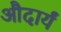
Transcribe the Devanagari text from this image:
औदार्यं